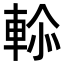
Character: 𮝑